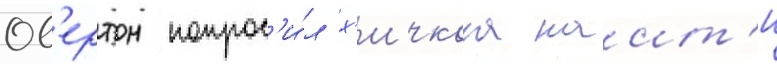
Ов'ертон попрос'и́л х'ичкока наит'и